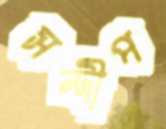
সন্দীপ